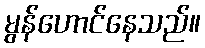
မွန်ဟောင်နေသည်။